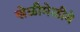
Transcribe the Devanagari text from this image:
खेळीमेळीने